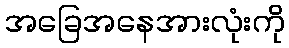
အခြေအနေအားလုံးကို